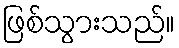
ဖြစ်သွားသည်။